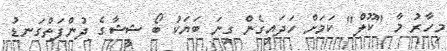
މިހާރު މާ "ކޫލް" ކަމަށް ހަދައިގެން ގިނަ ބަޔަކު ބޯ ޝީޝާގެ ދުންފަތްގަނޑު